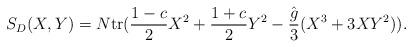
LaTeX: \begin{align*}S_D(X,Y)= N{\rm tr}({1-c\over 2}X^2 + {1+c\over 2}Y^2-{\hat{g}\over 3}(X^3 + 3XY^2) ).\end{align*}